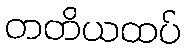
တတိယထပ်